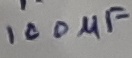
Text: 100µF